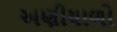
અણીયાળો